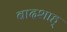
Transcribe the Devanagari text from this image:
बादशाह्